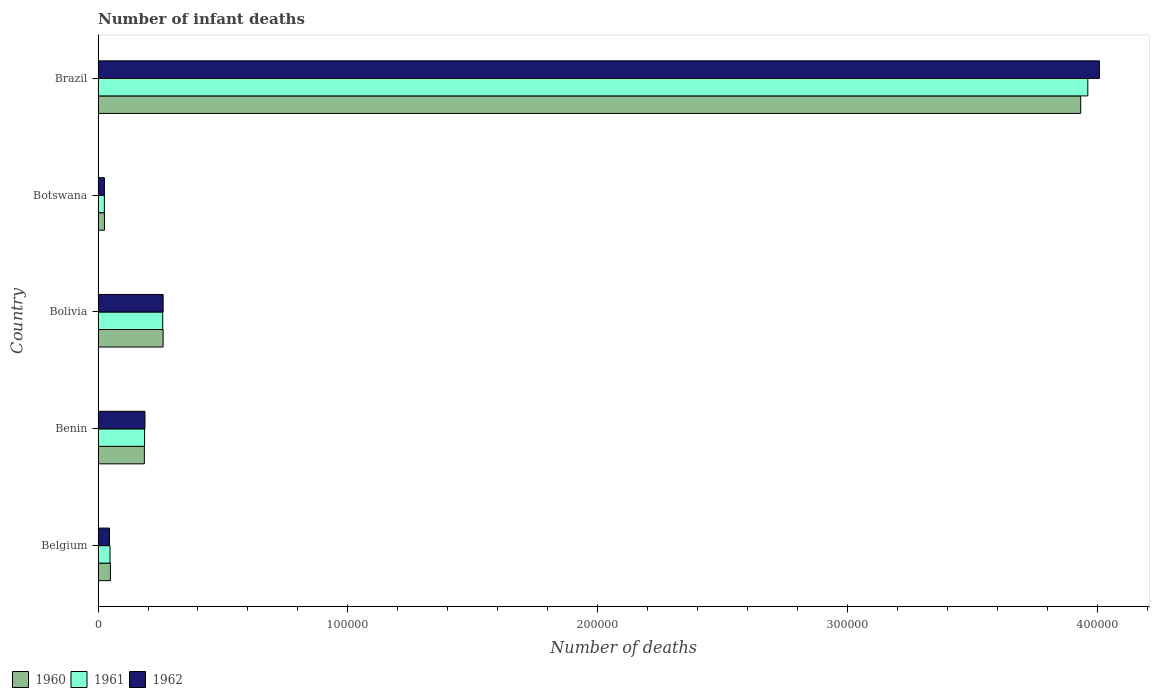
| Country | 1960 | 1961 | 1962 |
 | --- | --- | --- | --- |
 | Belgium | 4.94e+03 | 4.78e+03 | 4.57e+03 |
 | Benin | 1.85e+04 | 1.86e+04 | 1.88e+04 |
 | Bolivia | 2.6e+04 | 2.59e+04 | 2.6e+04 |
 | Botswana | 2.55e+03 | 2.52e+03 | 2.53e+03 |
 | Brazil | 3.93e+05 | 3.96e+05 | 4.01e+05 |